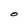
Character: O